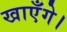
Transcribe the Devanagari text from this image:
खाएँगे।